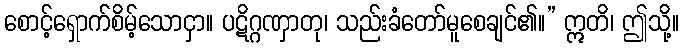
စောင့်ရှောက်စိမ့်သောငှာ။ ပဋိဂ္ဂဏှာတု၊ သည်းခံတော်မူစေချင်၏။” ဣတိ၊ ဤသို့။